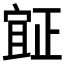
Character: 𣦍